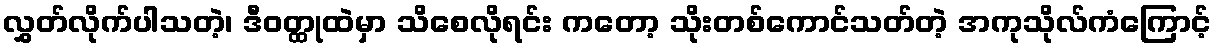
လွှတ်လိုက်ပါသတဲ့၊ ဒီဝတ္ထုထဲမှာ သိစေလိုရင်း ကတော့ သိုးတစ်ကောင်သတ်တဲ့ အကုသိုလ်ကံကြောင့်